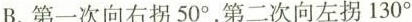
B.第一次向右拐50^{\circ}，第二次向左拐130^{\circ}